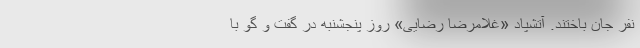
نفر جان باختند. آتشپاد «غلامرضا رضایی» روز پنجشنبه در گفت و گو با